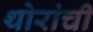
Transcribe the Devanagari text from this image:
थोरांची